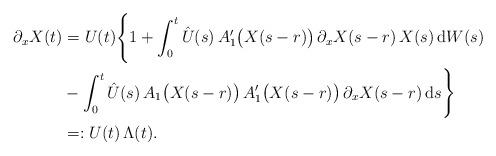
LaTeX: \begin{align*}\partial_x X(t) & = U(t) \Bigg\{ 1 + \int_0^t \hat{U}(s) \, A_1^\prime \big( X(s-r) \big) \, \partial_x X(s-r) \, X(s) \, \mbox{d}W(s) \\& - \int_0^t \hat{U}(s) \, A_1 \big( X(s-r) \big) \, A_1^\prime \big( X(s-r) \big) \, \partial_x X(s-r) \, \mbox{d}s \Bigg\} \\& = : U(t) \, \Lambda(t). \end{align*}